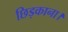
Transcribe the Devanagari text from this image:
छिड़काना।